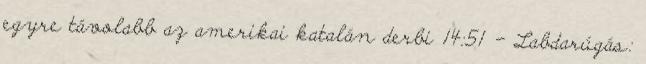
egyre távolabb az amerikai katalán derbi 14:51 - Labdarúgás: